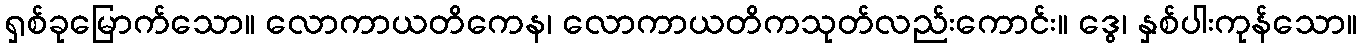
ရှစ်ခုမြောက်သော။ လောကာယတိကေန၊ လောကာယတိကသုတ်လည်းကောင်း။ ဒွေ၊ နှစ်ပါးကုန်သော။